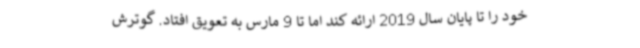
خود را تا پایان سال 2019 ارائه کند اما تا 9 مارس به تعویق افتاد. گوترش